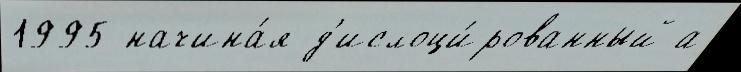
1995 начина́я д'ислоци́рованный а